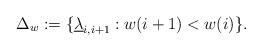
LaTeX: \begin{align*} \Delta_w := \{\underline{\lambda}_{i,i+1}:w(i+1)<w(i)\}. \end{align*}